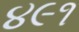
૪૯૧